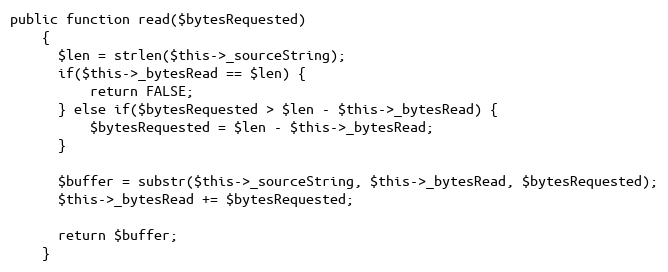
Language: PHP
public function read($bytesRequested)
    {
      $len = strlen($this->_sourceString);
      if($this->_bytesRead == $len) {
          return FALSE;
      } else if($bytesRequested > $len - $this->_bytesRead) {
          $bytesRequested = $len - $this->_bytesRead;
      }

      $buffer = substr($this->_sourceString, $this->_bytesRead, $bytesRequested);
      $this->_bytesRead += $bytesRequested;

      return $buffer;
    }